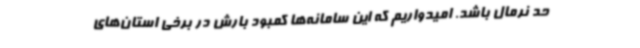
حد نرمال باشد. امیدواریم که این سامانه‌ها کمبود بارش در برخی استان‌های